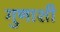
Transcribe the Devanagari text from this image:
गुणाशी